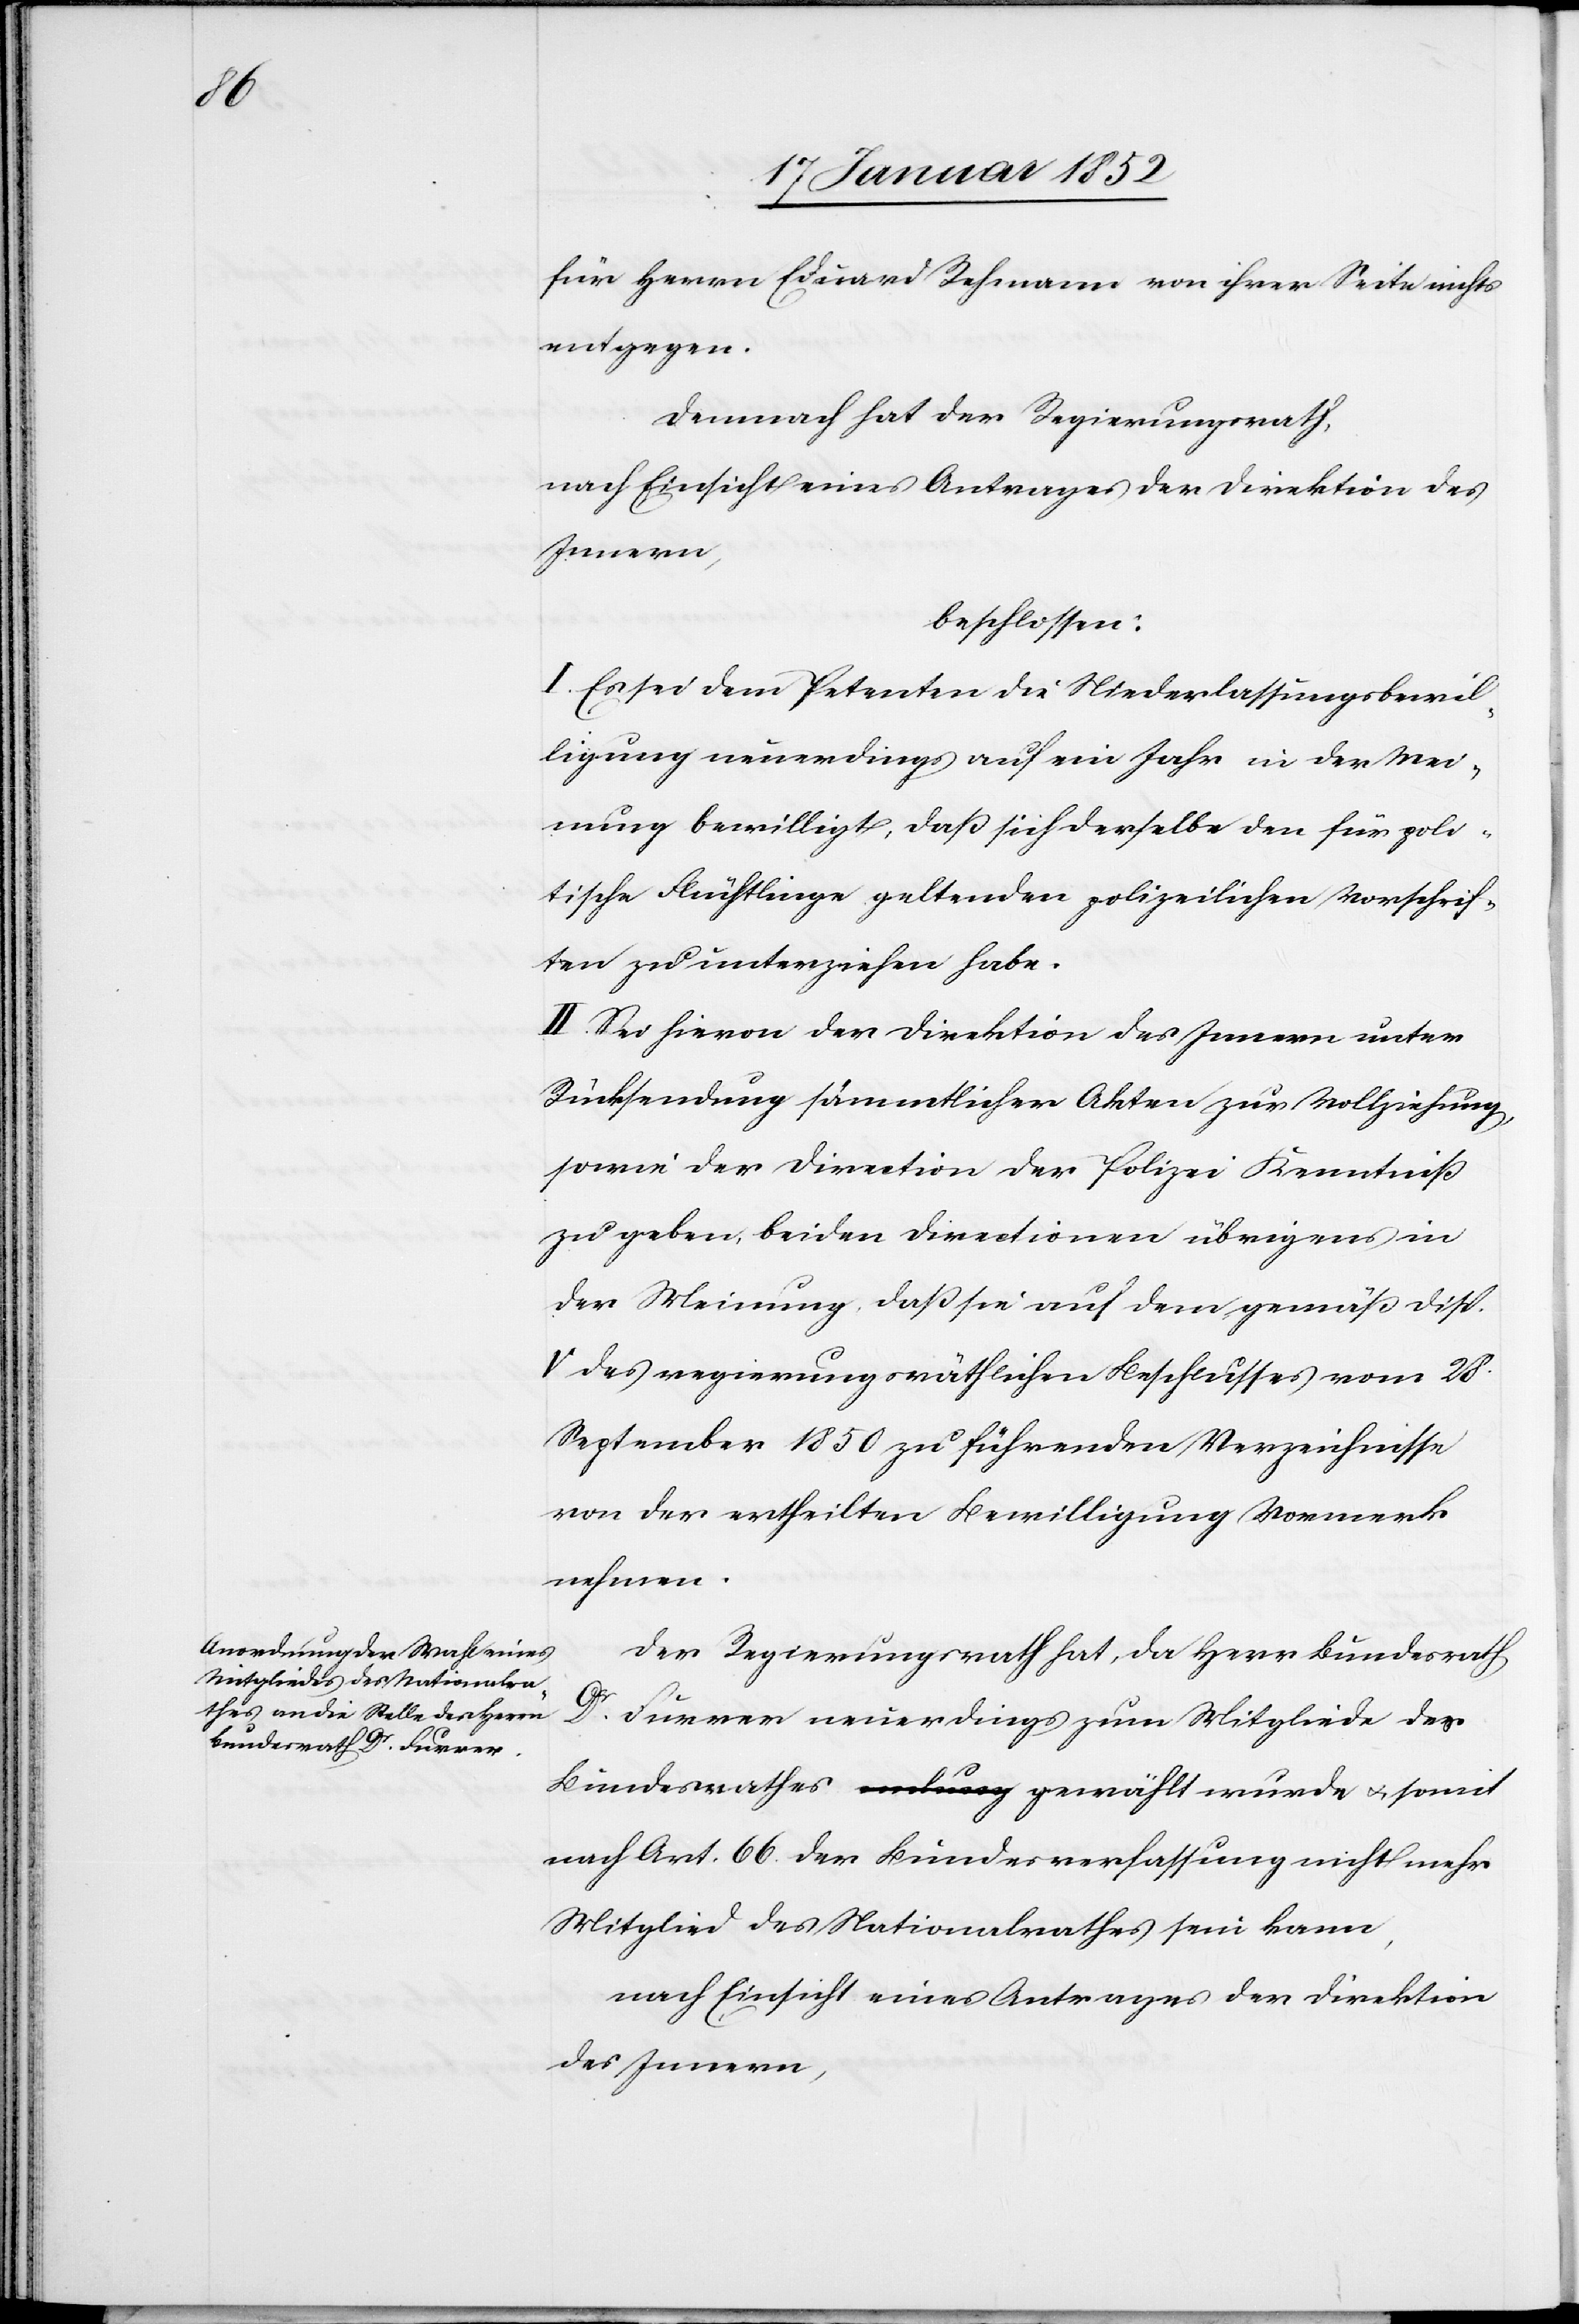
für Herrn Eduard Rehmann von ihrer Seite nichts
entgegen.
Demnach hat der Regierungsrath,
nach Einsicht eines Antrages der Direktion des
Innern,
beschlossen:
I. Es sei dem Petenten die Niederlassungsbewil¬
ligung neuerdings auf ein Jahr in der Mei¬
nung bewilligt, daß sich derselbe den für poli¬
tische Flüchtlinge geltenden polizeilichen Vorschrif¬
ten zu unterziehen habe.
II. Sei hievon der Direktion des Innern unter
Rücksendung sämmtlicher Akten zur Vollziehung,
sowie der Direction der Polizei Kenntniß
zu geben, beiden Directionen übrigens in
der Meinung, daß sie auf dem gemäß disp.
V des regierungsräthlichen Beschlusses vom 28
September 1850 zu führenden Verzeichnisse
von der ertheilten Bewilligung Vormerk
nehmen.
Der Regierungsrath hat, da Herr Bundesrath
Dr. Furrer neuerdings zum Mitgliede des
Bundesrathes gewählt wurde u. somit
nach Art. 66. der Bundesverfassung nicht mehr
Mitglied des Nationalrathes sein kann,
nach Einsicht eines Antrages der Direktion
des Innern,